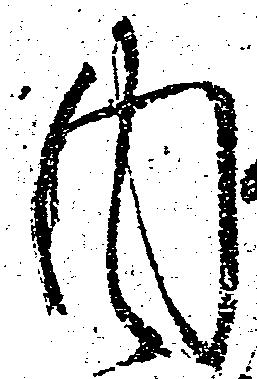
内